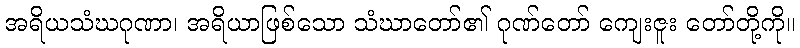
အရိယသံဃဂုဏာ၊ အရိယာဖြစ်သော သံဃာတော်၏ ဂုဏ်တော် ကျေးဇူး တော်တို့ကို။